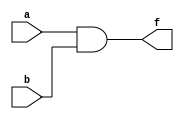
module and_module(input wire a,b, output wire f);
    and(f,a,b);
endmodule